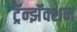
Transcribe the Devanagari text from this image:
ट्रॅन्झॅक्शन